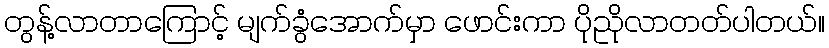
တွန့်လာတာကြောင့် မျက်ခွံအောက်မှာ ဖောင်းကာ ပိုညိုလာတတ်ပါတယ်။